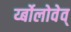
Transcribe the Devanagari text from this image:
र्य्बोलोवेव्